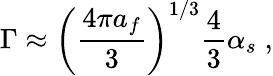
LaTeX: \Gamma\approx\left(\frac{4\pi a_{f}}{3}\right)^{1/3}\frac{4}{3}\alpha_{s}\; ,